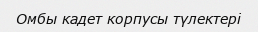
Омбы кадет корпусы түлектері